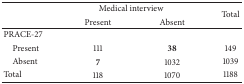
|  | <COLSPAN=2> Medical interview | <ROWSPAN=2> Total |
 |  | Present | Absent |
 | --- | --- | --- | --- |
 | PRACE-27 |  |  |  |
 | Present | 111 | 38 | 149 |
 | Absent | 7 | 1032 | 1039 |
 | Total | 118 | 1070 | 1188 |